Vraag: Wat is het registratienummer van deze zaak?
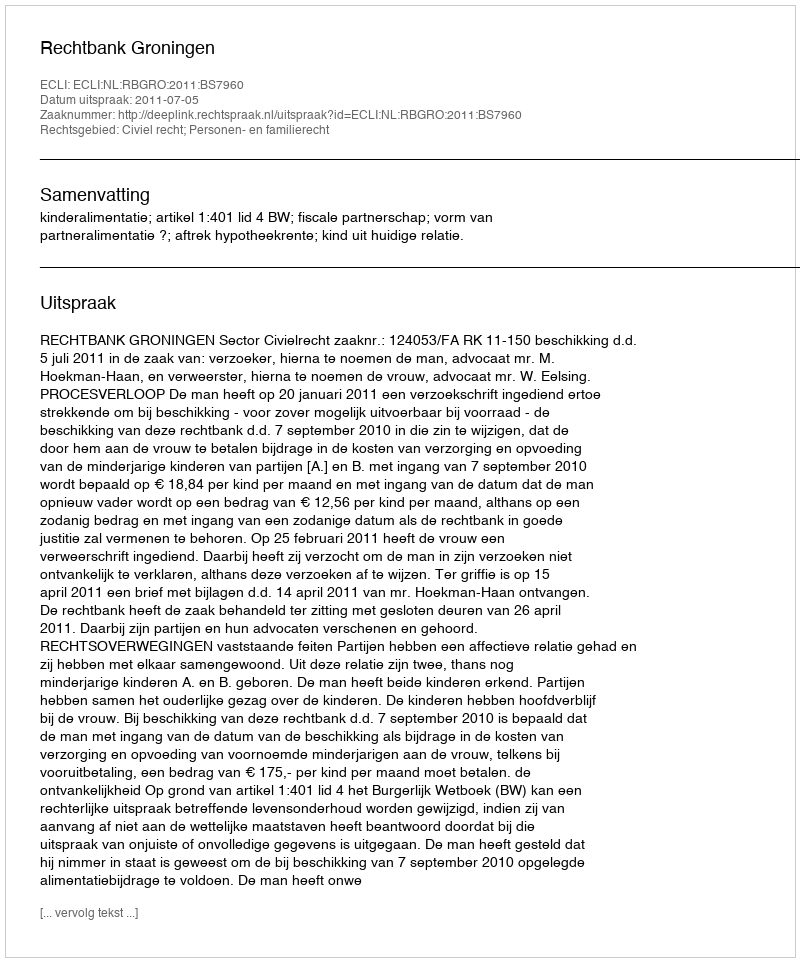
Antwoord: http://deeplink.rechtspraak.nl/uitspraak?id=ECLI:NL:RBGRO:2011:BS7960